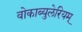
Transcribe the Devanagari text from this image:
वोकाब्युलेरियम्